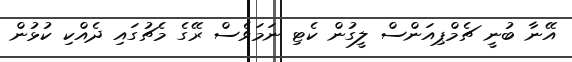
އޭނާ ބުނީ ޗެމްޕިއަންސް ލީގުން ކެޓި ނަމަވެސް ރޭގެ މެޗުގައި ދެއްކި ކުޅުން